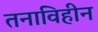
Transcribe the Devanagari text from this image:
तनाविहीन